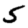
Digit: 5